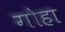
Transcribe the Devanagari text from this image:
गोहा